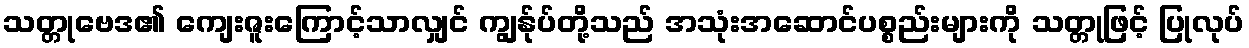
သတ္တုဗေဒ၏ ကျေးဇူးကြောင့်သာလျှင် ကျွန်ုပ်တို့သည် အသုံးအဆောင်ပစ္စည်းများကို သတ္တုဖြင့် ပြုလုပ်